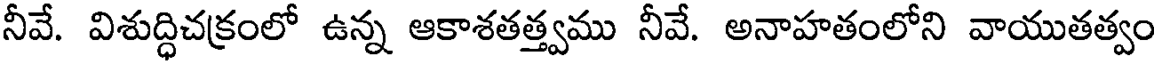
నీవే. విశుద్ధిచక్రంలో ఉన్న ఆకాశతత్త్వము నీవే. అనాహతంలోని వాయుతత్వం